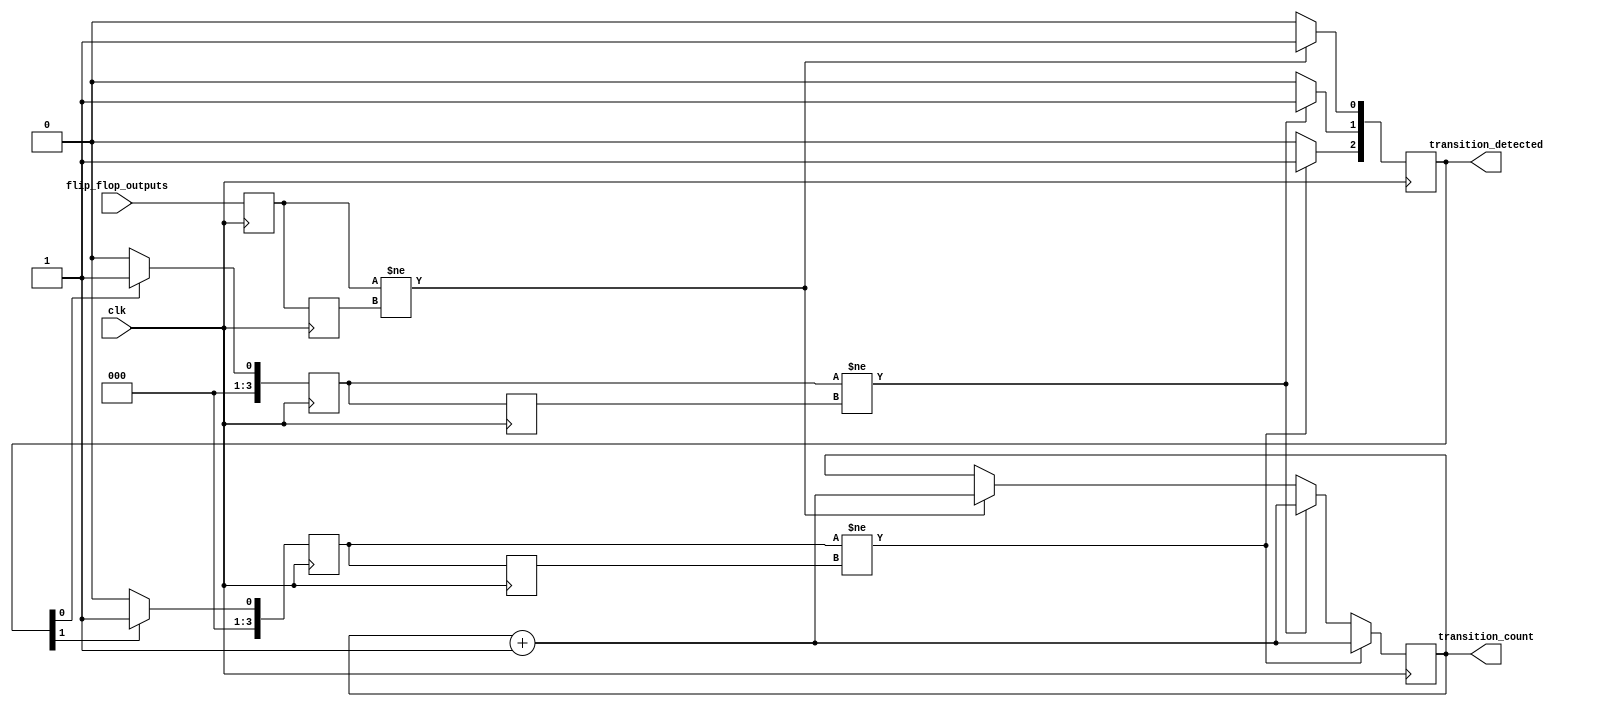
module FlipFlopDetector #(
    parameter NUM_FLIP_FLOPS = 4, // Number of flip-flops to monitor
    parameter MAX_UNITS = 3        // Maximum number of cascaded units
)(
    input wire clk,                // Clock signal
    input wire [NUM_FLIP_FLOPS-1:0] flip_flop_outputs, // Flip-flop outputs
    output reg [MAX_UNITS-1:0] transition_detected, // Transition detection output
    output reg [$clog2(NUM_FLIP_FLOPS*MAX_UNITS):0] transition_count // Count of transitions detected
);

    // Memory blocks for storing current and previous states
    reg [NUM_FLIP_FLOPS-1:0] current_state[MAX_UNITS-1:0];
    reg [NUM_FLIP_FLOPS-1:0] previous_state[MAX_UNITS-1:0];

    integer i;
    
    // Detect transitions
    always @(posedge clk) begin
        for (i = 0; i < MAX_UNITS; i = i + 1) begin
            // Store previous state
            if (i == 0) begin
                previous_state[i] <= current_state[i];
                current_state[i] <= flip_flop_outputs;
            end else begin
                previous_state[i] <= current_state[i];
                current_state[i] <= transition_detected[i-1] ? 1'b1 : 1'b0; // Cascading effect
            end
            
            // Detect transitions
            transition_detected[i] <= 0;
            if (current_state[i] != previous_state[i]) begin
                transition_detected[i] <= 1'b1; // A transition occurred
                transition_count <= transition_count + 1; // Increment the count
            end
        end
    end

endmodule